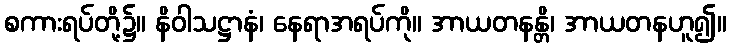
စကားရပ်တို့၌။ နိဝါသဋ္ဌာနံ၊ နေရာအရပ်ကို။ အာယတနန္တိ၊ အာယတနဟူ၍။